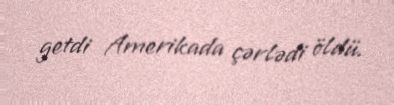
getdi Amerikada çərlədi öldü.